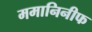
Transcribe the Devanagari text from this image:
ममानिनीफ